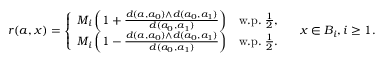
r ( a , x ) = \left\{ \begin{array} { l l } { M _ { i } \left( 1 + \frac { d ( a , a _ { 0 } ) \wedge d ( a _ { 0 } , a _ { 1 } ) } { d ( a _ { 0 } , a _ { 1 } ) } \right) } & { \mathrm { w . p . } \; \frac { 1 } { 2 } , } \\ { M _ { i } \left( 1 - \frac { d ( a , a _ { 0 } ) \wedge d ( a _ { 0 } , a _ { 1 } ) } { d ( a _ { 0 } , a _ { 1 } ) } \right) } & { \mathrm { w . p . } \; \frac { 1 } { 2 } . } \end{array} \right. \quad x \in B _ { i } , i \geq 1 .